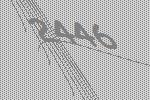
2446